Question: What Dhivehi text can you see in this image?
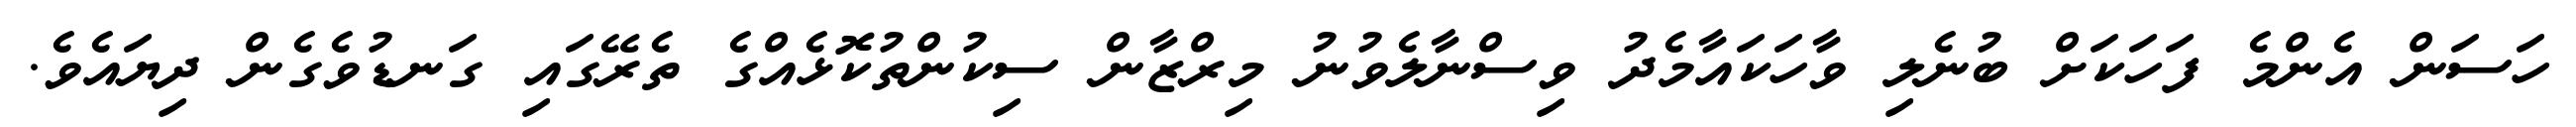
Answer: ހަސަން އެންމެ ފަހަކަށް ބުނެލި ވާހަކައާމެދު ވިސްނާލެވުނު މިރްޒާން ސިކުންތުކޮޅެއްގެ ތެރޭގައި ގަނޑުވެގެން ދިޔައެވެ.